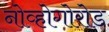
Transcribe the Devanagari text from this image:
नोव्होगोरोड